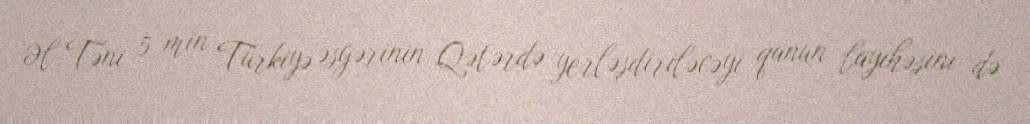
Əl-Təni 5 min Türkiyə əsgərinin Qətərdə yerləşdiriləcəyi qanun layihəsini də